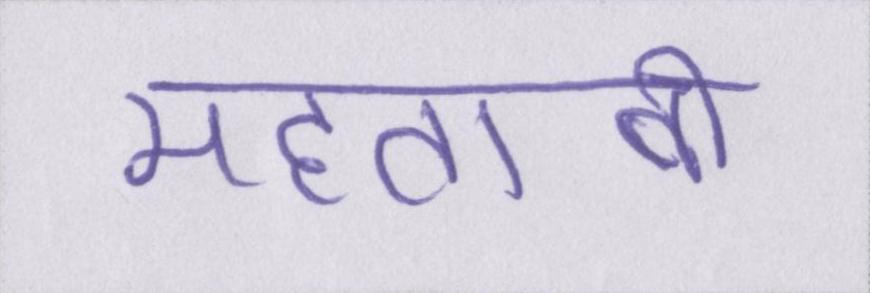
महताबी